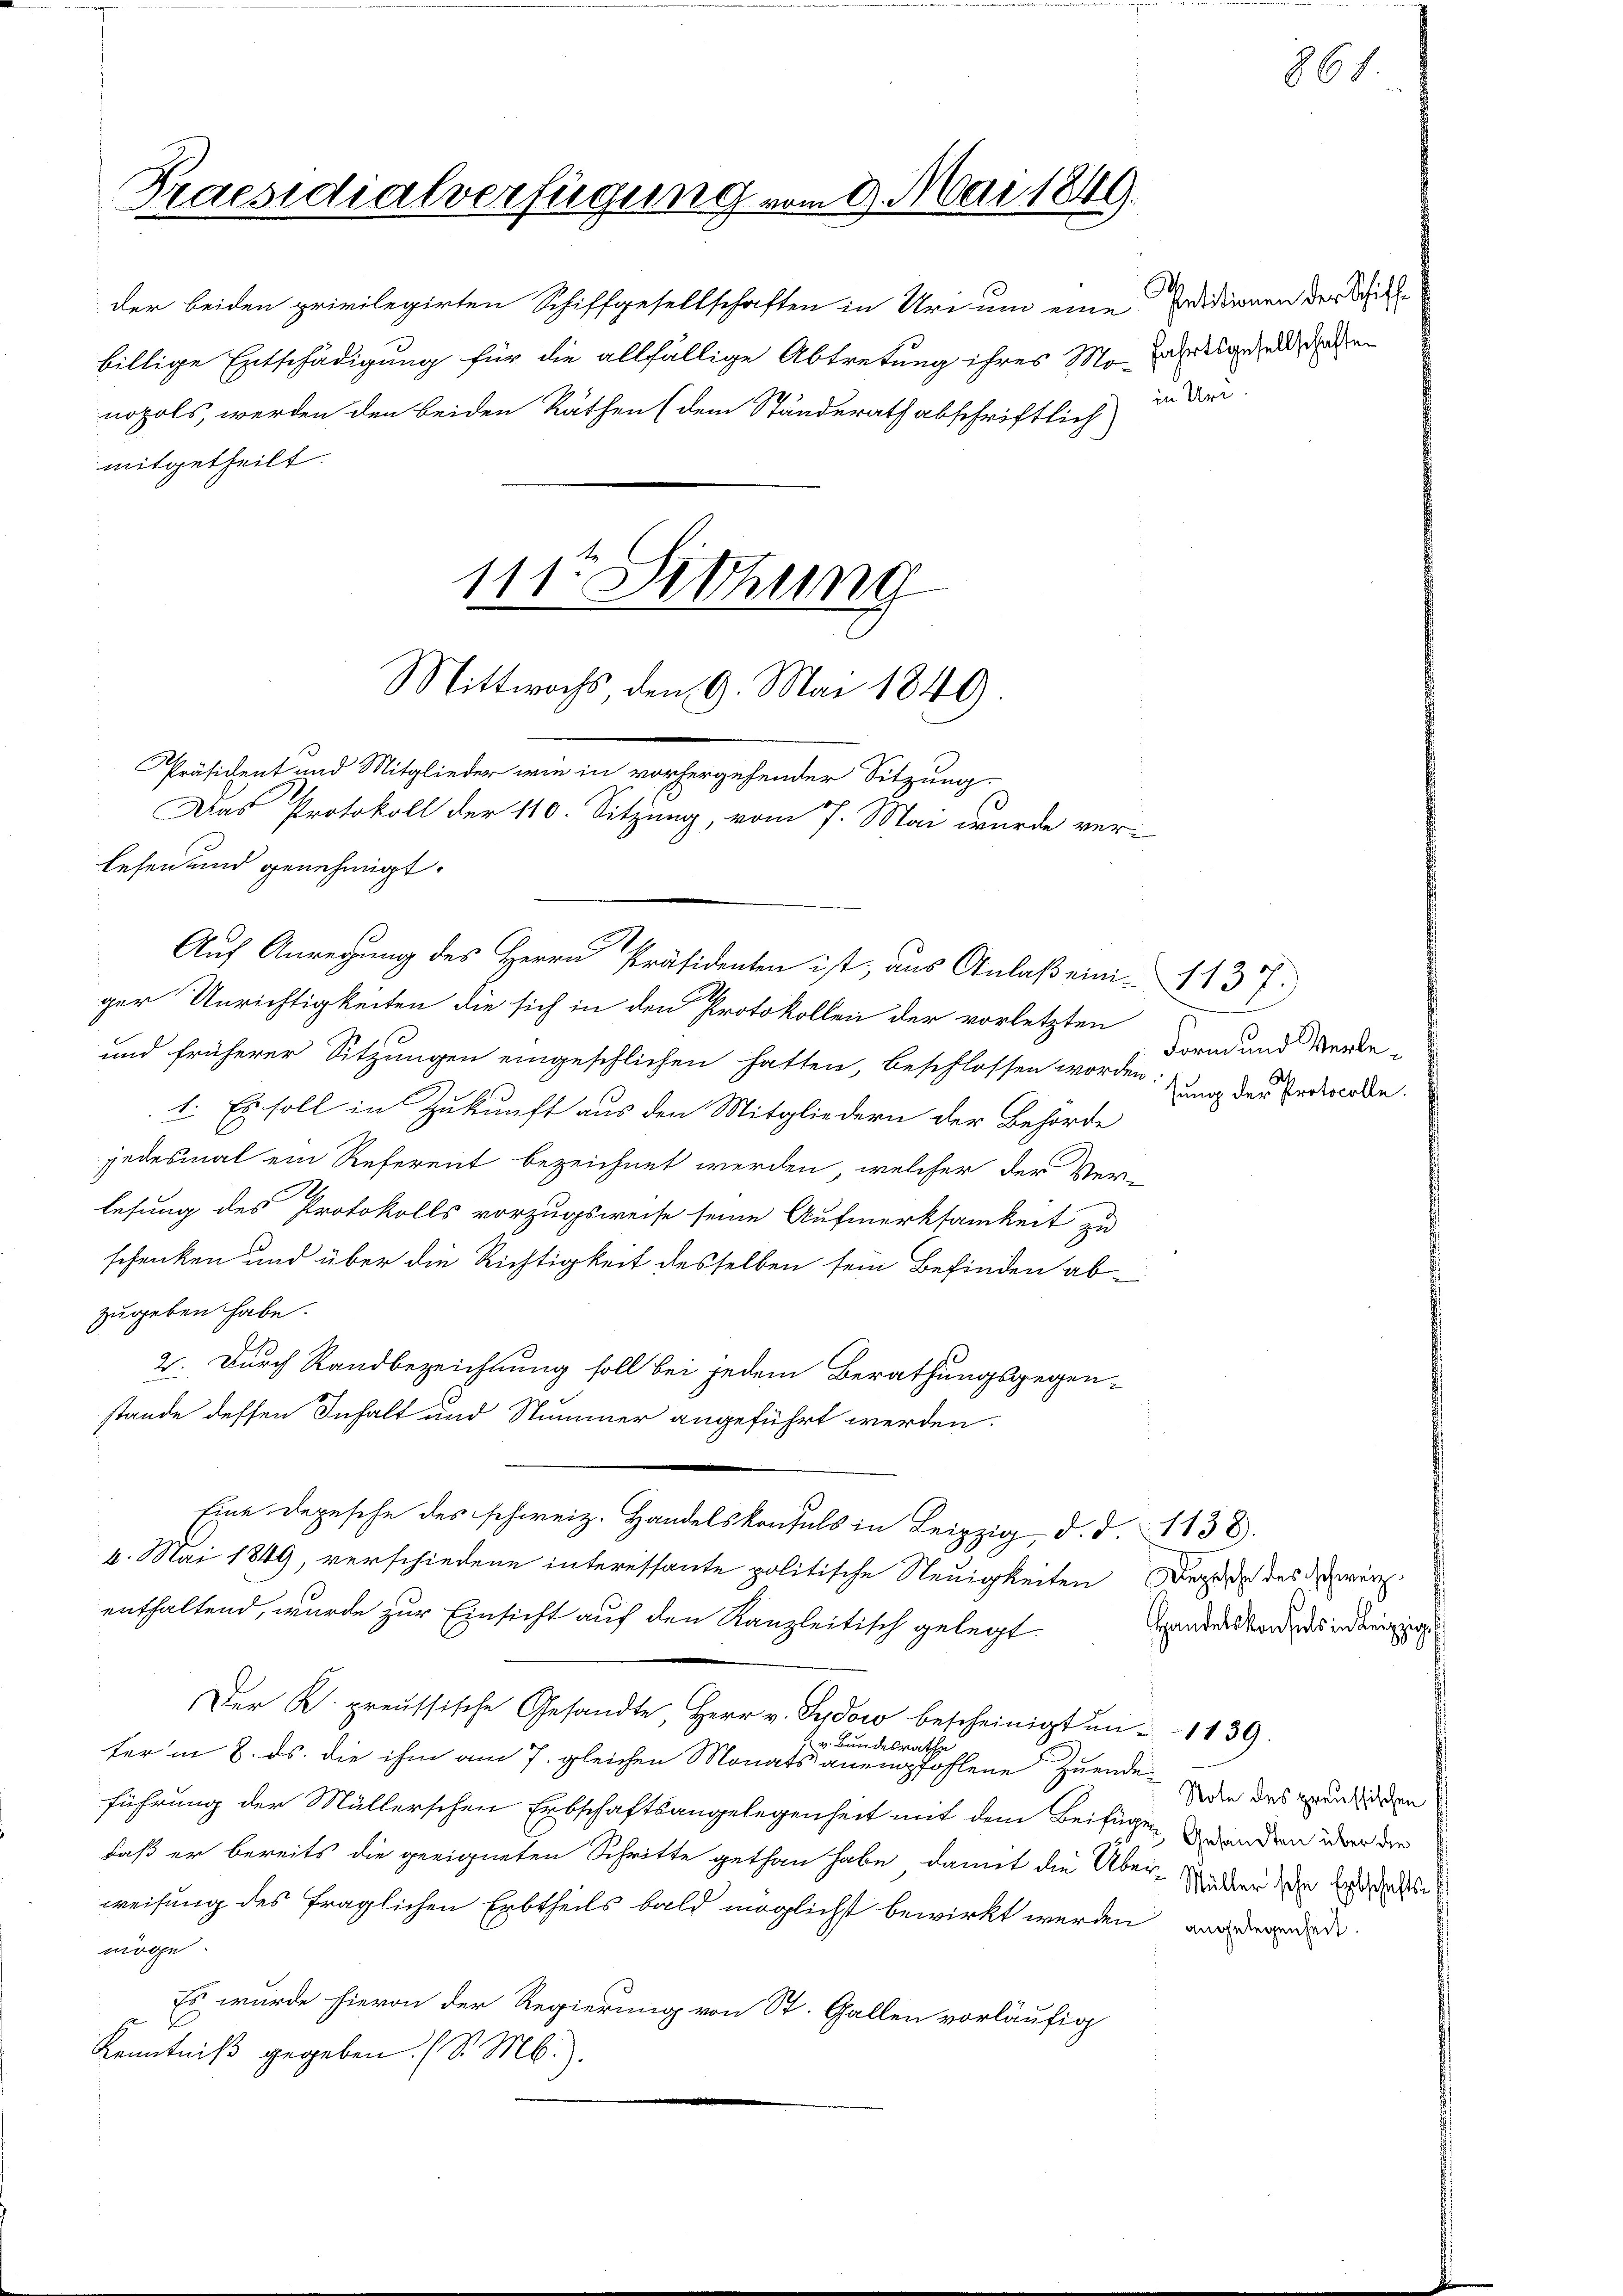
Praesidialverfügung vom 9. Mai 1849.

der beiden privilegirten Schiffgesellschaften in Uri um eine Erdidionen der Will
billige Entschädigung für die allfällige Abtretung ihres Mo-Jahrend de
nopols, werden den beiden Räthen (dem Ständerath abschriftlich
mitgetheilt.

lesen und genehmigt.
ger Unrichtigkeiten die sich in den Protokollen der vorletzten
und früherer Sitzungen eingeschlichen hatten, beschlossen worden
1. Es soll in Zukunft aus den Mitgliedern der Behörde
jedesmal ein Referent bezeichnet werden, welcher der Ver-
lesung des Protokolls vorzugsweise seine Aufmerksamkeit zu
schenken und über die Richtigkeit desselben sein Befinden abzugeben habe.
2. Durch Randbezeichnung soll bei jedem Berathungsgegen-
stande dessen Inhalt und Stummer angeführt werden:
.
4. Mai 1849, verschiedene interessante politische Neuigkeiten Bezug des der
enthaltend, wurde zur Einsicht auf den Kanzleitisch gelegt.
Der K. preussische Gesandte, Herr v. Sudow bescheinigt in 1139.
e
Bundesrath
ter in 8. ds. die ihm am 7. gleichen Monats anempfohlene Zuende
führung der Müllerschen Erbschaftsangelegenheit mit dem Beifügen, wegenden über die
daß er bereits die geeigneten Schritte gethan habe, damit die Über-Widder der Ersat
weisung des fraglichen Erbtheils bald möglichst bewirkt werden, aus werden
möge.
Es wurde hievon der Regierung von St. Gallen vorläufig
E
Kenntniß gegeben. (S. M.).

111t Sethung
Mittwochs, den 9. Mai 1849.
Präsident und Mitglieder wie in vorhergehender Sitzung.

Das Protokoll der 110. Sitzung, vom 7. Mai wurde ver-

Auf Anregung des Herrn Präsidenten ist, aus Anlaß eini 1137.

in Uri.

861.

Form und Verlesung der Protocolle.

Handelskonsuls in Leipzig

Note des preussischen